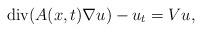
LaTeX: \begin{align*}\operatorname{div}(A(x,t) \nabla u) - u_t= Vu, \end{align*}